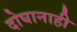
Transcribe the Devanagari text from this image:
दोघानाही